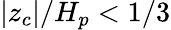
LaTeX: |z_{c}|/H_{p}<1/3